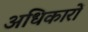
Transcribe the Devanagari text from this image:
अधिकारों